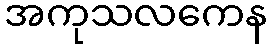
အကုသလကေန